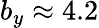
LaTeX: b_{y}\approx 4.2